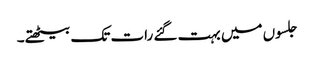
جلسوں میں بہت گئے رات تک بیٹھتے۔